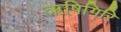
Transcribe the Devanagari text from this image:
ऋषिगिरि